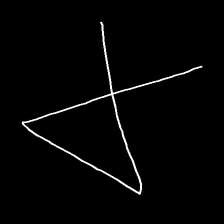
Glyph: collection